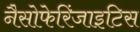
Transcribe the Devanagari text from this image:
नैसोफेरिंजाइटिस